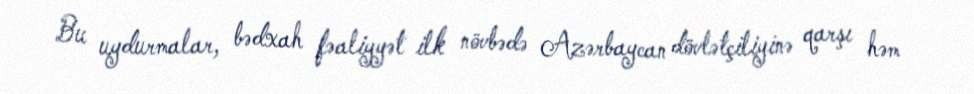
Bu uydurmalar, bədxah fəaliyyət ilk növbədə Azərbaycan dövlətçiliyinə qarşı həm